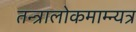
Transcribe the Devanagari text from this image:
तन्त्रालोकमाम्न्यत्र